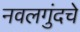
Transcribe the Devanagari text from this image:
नवलगुंदचे